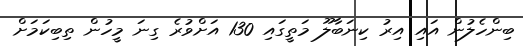
ބިންހެލުން އައި އިރު ކިނަބާލޫ މަތީގައި 130 އަށްވުރެ ގިނަ މީހުން ތިބިކަމަށް